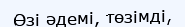
Өзі әдемі, төзімді,